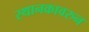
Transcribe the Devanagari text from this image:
स्थानकावरुन